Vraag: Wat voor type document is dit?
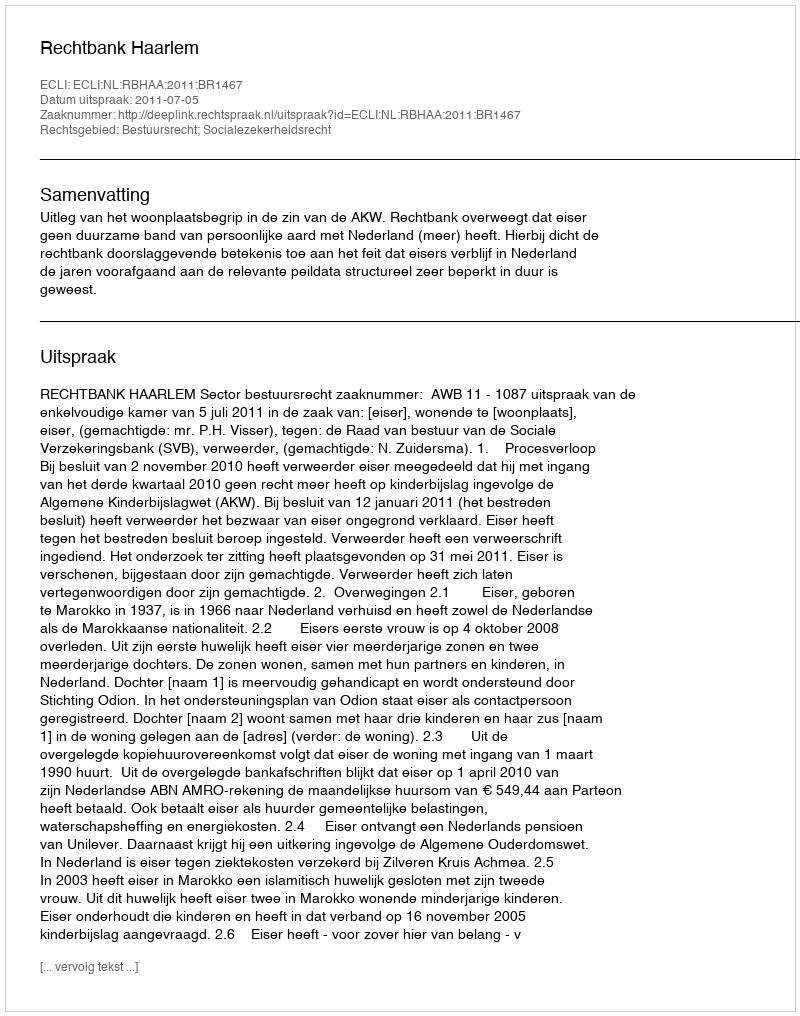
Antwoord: Uitspraak